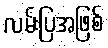
လမ်းပြအဖြစ်